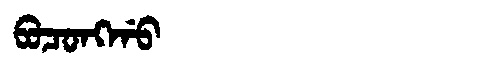
Manchu: ᠪᠣᠴᠣᠩᡤᠣ
Romanization: BOCONGGO